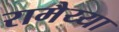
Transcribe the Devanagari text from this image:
रामैय्या